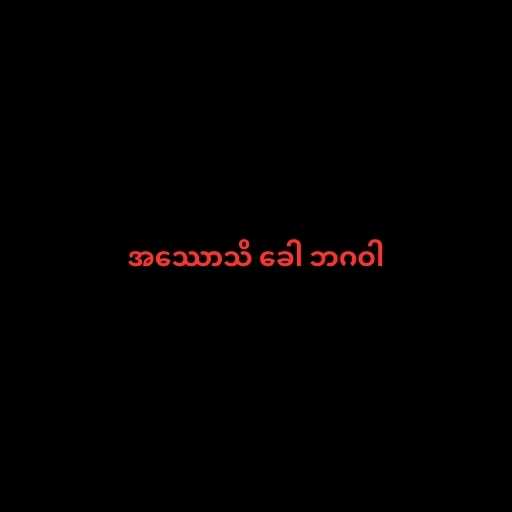
အဿောသိ ခေါ ဘဂဝါ